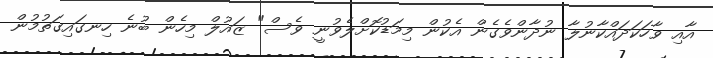
އާއި ވާހަކަދައްކާނުލާ ނުދާންވެގެން އެކުން މިމަޑުކޮށްލެވުނީ ވެސް" ޒައުލް މިހެން ބުނެ ހިނގައިގަތުމުން